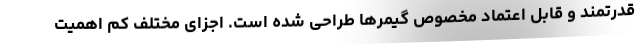
قدرتمند و قابل اعتماد مخصوص گیمرها طراحی شده است. اجزای مختلف کم اهمیت